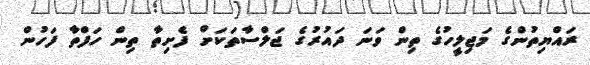
ރައްޔިތުންގެ މަޖިލީހުގެ ތިން ވަނަ ދައުރުގެ ޖަލްސާތަކަށް ފެށިތާ ތިން ހަފްތާ ފަހުން